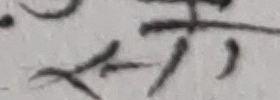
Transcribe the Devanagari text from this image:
सेत।